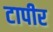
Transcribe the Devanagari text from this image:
टापीर